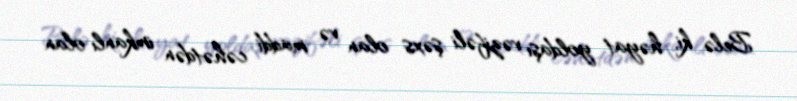
Belə ki, həyat yoldaşı vəzifəli şəxs olan və maddi cəhətdən imkanlı olan